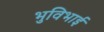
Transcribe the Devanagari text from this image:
भुविभाई